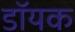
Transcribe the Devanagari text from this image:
डॉयक